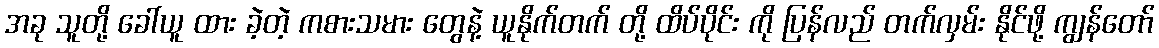
အခု သူတို့ ခေါ်ယူ ထား ခဲ့တဲ့ ကစားသမား တွေနဲ့ ယူနိုက်တက် တို့ ထိပ်ပိုင်း ကို ပြန်လည် တက်လှမ်း နိုင်ဖို့ ကျွန်တော်